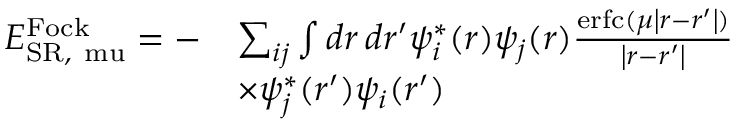
\begin{array} { r l } { E _ { \mathrm { { S R } , \ m u } } ^ { \mathrm { F o c k } } = - } & { \sum _ { i j } \int d \boldsymbol { r } \, d \boldsymbol { r ^ { \prime } } \psi _ { i } ^ { * } ( \boldsymbol { r } ) \psi _ { j } ( \boldsymbol { r } ) \frac { \mathrm { e r f c } ( \mu \left| \boldsymbol { r } - \boldsymbol { r ^ { \prime } } \right| ) } { \left| \boldsymbol { r } - \boldsymbol { r ^ { \prime } } \right| } } \\ & { \times \psi _ { j } ^ { * } ( \boldsymbol { r ^ { \prime } } ) \psi _ { i } ( \boldsymbol { r ^ { \prime } } ) } \end{array}